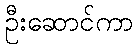
ဦးဆောင်ကာ